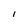
Character: I